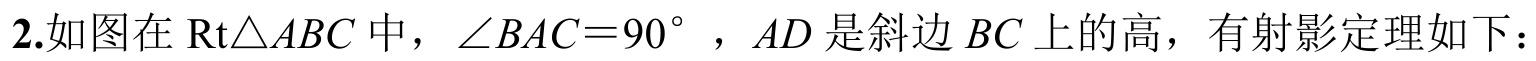
2.如图在\(\mathrm{Rt}\triangle ABC\)中，\(\angle BAC = 90^{\circ}\)，\(AD\)是斜边\(BC\)上的高，有射影定理如下：